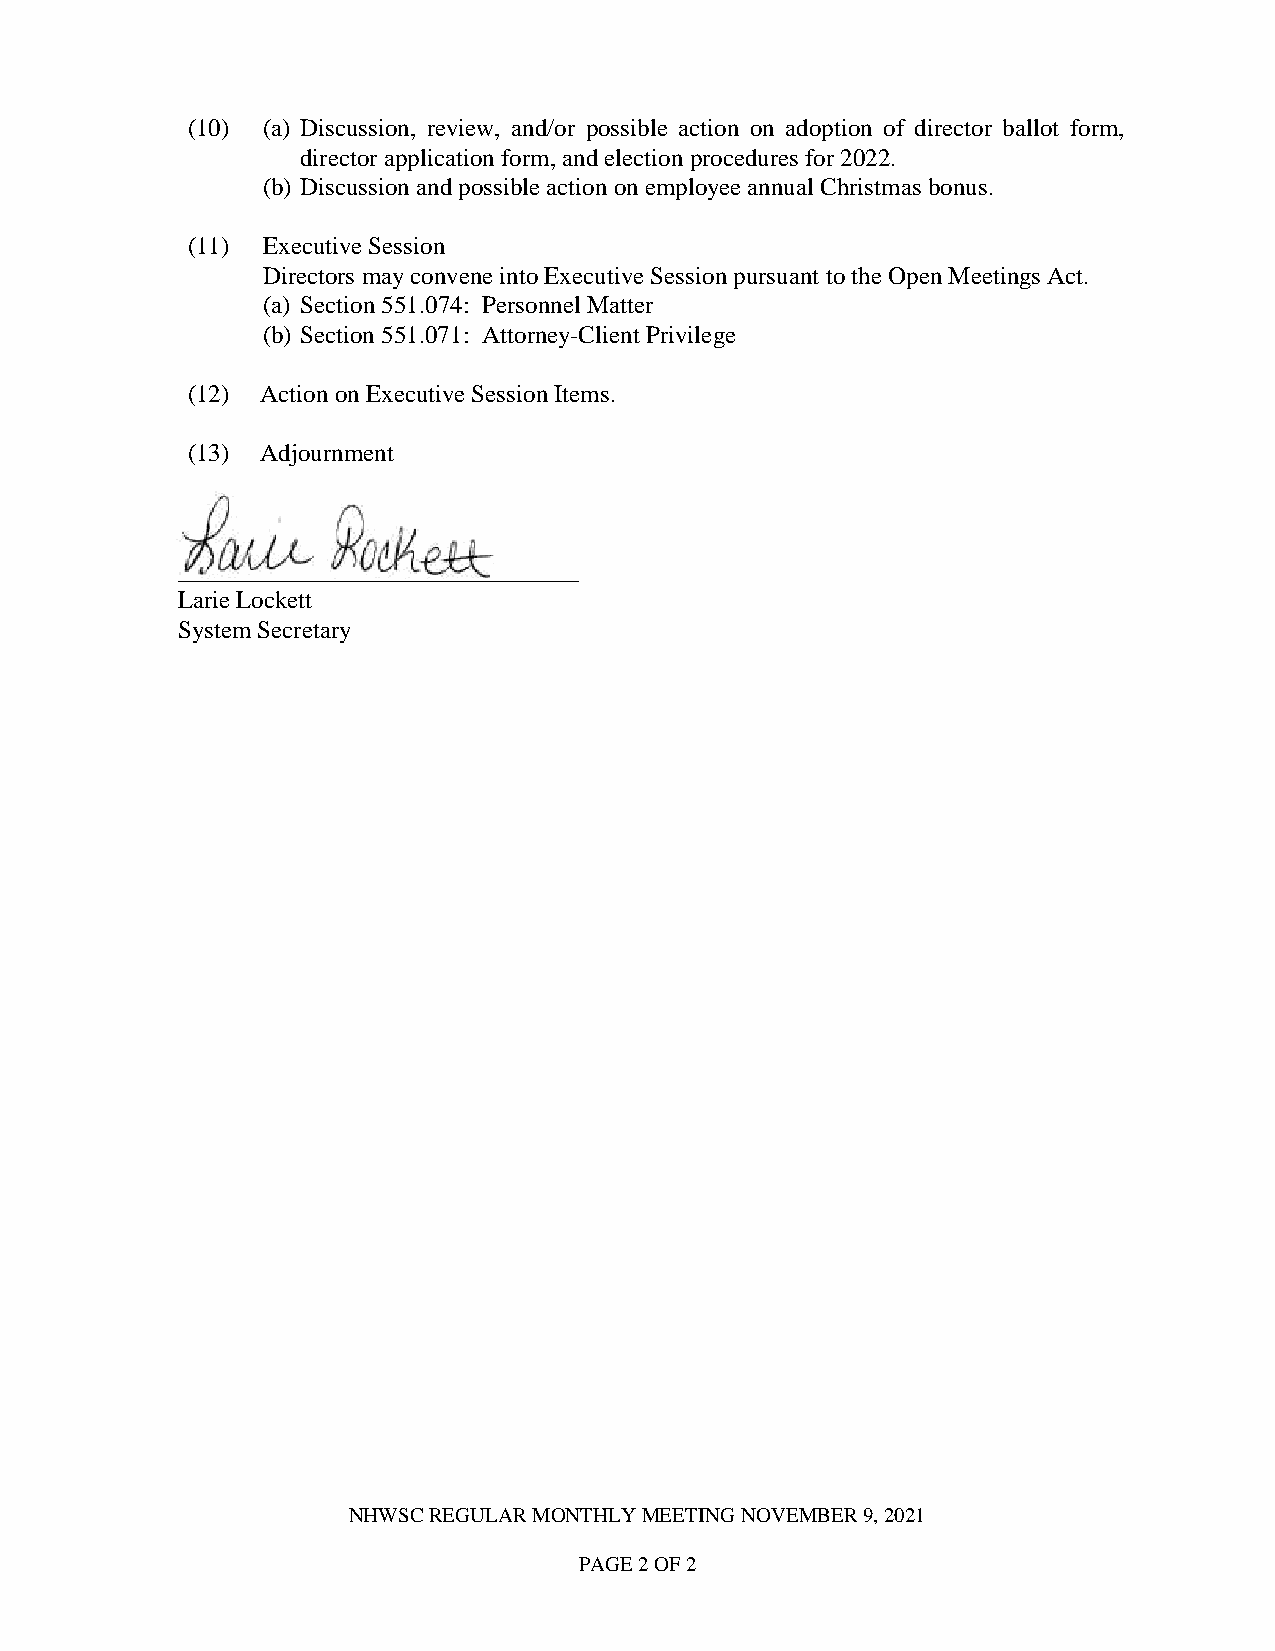
(10) (a) Discussion, review, and/or possible action on adoption of director ballot form,
 director application form, and election procedures for 2022.
 (b) Discussion and possible action on employee annual Christmas bonus.
 (11) Executive Session
 Directors may convene into Executive Session pursuant to the Open Meetings Act.
 (a) Section 551.074: Personnel Matter
 (b) Section 551.071: Attorney-Client Privilege
 (12) Action on Executive Session Items.
 (13) Adjournment
 ________________________________
 Larie Lockett
 System Secretary
 NHWSC REGULAR MONTHLY MEETING NOVEMBER 9, 2021
 PAGE 2 OF 2